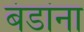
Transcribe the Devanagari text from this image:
बंडांना